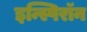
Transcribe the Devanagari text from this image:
इन्स्पिरॉन